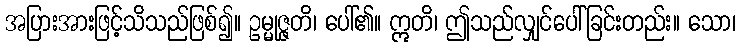
အပြားအားဖြင့်သိသည်ဖြစ်၍။ ဥမ္မုဇ္ဇတိ၊ ပေါ်၏။ ဣတိ၊ ဤသည်လျှင်ပေါ်ခြင်းတည်း။ သော၊